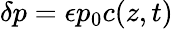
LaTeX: \delta p=\epsilon p_{0}c(z,t)